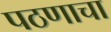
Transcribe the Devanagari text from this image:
पठणाचा